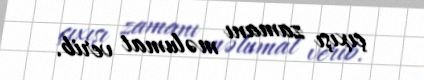
çıxışı zamanı məlumat verib.